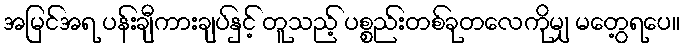
အမြင်အရ ပန်းချီကားချပ်နှင့် တူသည့် ပစ္စည်းတစ်ခုတလေကိုမျှ မတွေ့ရပေ။